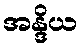
အန္ဒိယ